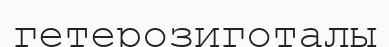
гетерозиготалы